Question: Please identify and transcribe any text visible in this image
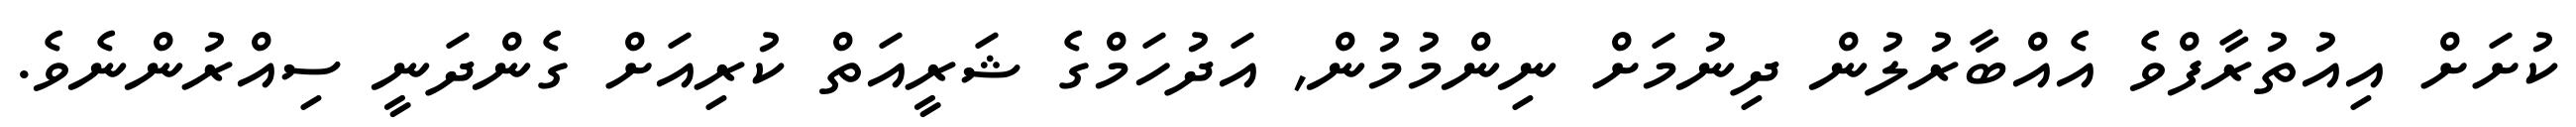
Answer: ކުށަށް އިއުތުރާފްވެ އެއްބާރުލުން ދިނުމަށް ނިންމުމުން, އަދުހަމްގެ ޝަރީއަތް ކުރިއަށް ގެންދަނީ ސިއްރުންނެވެ.